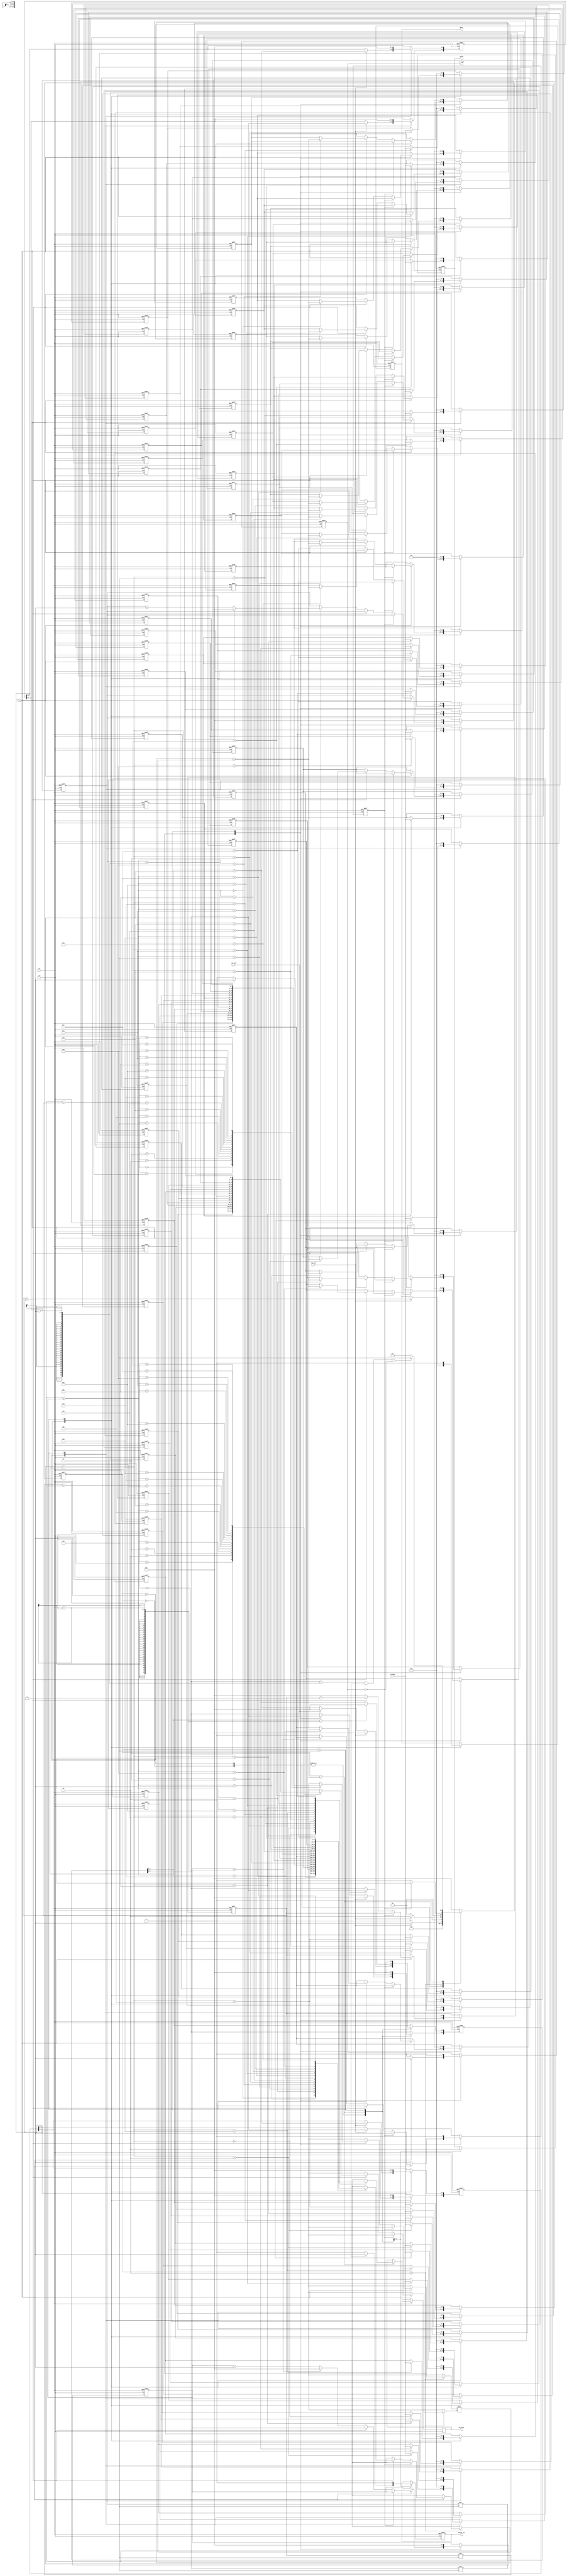
`timescale 1ns/10ps
module MM( in_data, col_end, row_end, is_legal, out_data, rst, clk , change_row,valid,busy);
input           clk;
input           rst;
input           col_end;
input           row_end;
input      [7:0]     in_data;

output reg signed [19:0]   out_data;
output is_legal;
output reg change_row,valid,busy;

//regs
reg [2:0] state, nextState;
reg signed [7:0] mat1 [0:3][0:3]; //4x4
reg signed [7:0] mat2 [0:3][0:3]; //4x4
reg signed [19:0] mat3 [0:3][0:3]; //4x4
reg [5:0] size1; // Coordinate (row, column) = (size1[5:3], size1[2:0])
reg [5:0] size2; // Coordinate (row, column) = (size2[5:3], size2[2:0])
reg [5:0] index; // Coordinate (row, column) = (index[5:3], index[2:0])
reg [2:0] x;
reg [2:0] y;
reg [2:0] z;
reg done;
reg is_legal;

//state param
localparam DATA_IN1 = 0;
localparam DATA_IN2 = 1;
localparam MULTIPLY = 2;
localparam OUT = 3;
localparam WAIT = 4;

integer i, j;

//state ctrl
always @(posedge clk or posedge rst) begin
	if(rst) state <= DATA_IN1;
	else state <= nextState;
end

//next state logic
always @(*) begin
	/*$display("mat1 (%dx%d)", size1[5:3], size1[2:0]);
	for(i = 0; i < size1[5:3]; i = i + 1) begin
		for(j = 0; j < size1[2:0]; j = j + 1) begin
			$write("%x ", mat1[i][j]);
		end
	end
	$display("");
	$display("mat2 (%dx%d)", size2[5:3], size2[2:0]);
	for(i = 0; i < size2[5:3]; i = i + 1) begin
		for(j = 0; j < size2[2:0]; j = j + 1) begin
			$write("%x ", mat2[i][j]);
		end
	end
	$display("");*/
	case (state)
		DATA_IN1: nextState = (row_end)? DATA_IN2 : DATA_IN1;
		DATA_IN2: nextState = (row_end)? MULTIPLY : DATA_IN2;
		MULTIPLY: nextState = (done)? OUT : MULTIPLY;
		OUT: nextState = ((index[5:3] == size1[5:3]-1 && index[2:0] == size2[2:0]-1) || !is_legal)? WAIT : OUT;
		default: nextState = DATA_IN1;
	endcase
end

//main sequential circuit
always @(posedge clk or posedge rst) begin
	if (rst) begin
		for(i = 0; i < 4; i = i + 1) begin
			for(j = 0; j < 4; j = j + 1) begin
				mat1[i][j] <= 8'b0;
				mat2[i][j] <= 8'b0;
				mat3[i][j] <= 20'b0;
			end
		end
		size1 <= {3'd0 , 3'd0};
		size2 <= {3'd0 , 3'd0};
		index <= {3'd0 , 3'd0};
		x <= 3'd0;
		y <= 3'd0;
		z <= 3'd0;
		done <= 1'd0;
		is_legal <= 1'd0;
		change_row <= 1'd0;
		valid <= 1'd0;
		busy <= 1'd0;
	end
	else begin
		case (state)
			DATA_IN1:begin
				mat1[index[5:3]][index[2:0]] <= in_data;
				if(col_end) begin
					index[5:3] <= index[5:3] + 1;
					index[2:0] <= 0;
				end
				else begin
					index[2:0] <= index[2:0] + 1;
				end
				if(row_end) begin
					size1[5:3] <= index[5:3] + 1; //row
					size1[2:0] <= index[2:0] + 1; //col
					index <= 0;
				end
			end

			DATA_IN2:begin
				mat2[index[5:3]][index[2:0]] <= in_data;
				if(col_end) begin
					index[5:3] <= index[5:3] + 1;
					index[2:0] <= 0;
				end
				else begin
					index[2:0] <= index[2:0] + 1;
				end
				if(row_end) begin
					size2[5:3] <= index[5:3] + 1; //row
					size2[2:0] <= index[2:0] + 1; //col
					index <= 0;
					busy <= 1;
				end
			end
			MULTIPLY: begin
				if(size1[2:0] == size2[5:3]) begin
					is_legal <= 1;
					if(!done) begin
						if(z < size2[5:3]) begin
							//$display("(%d, %d)", x, y);
							//$display("%x * %x", mat1[size1[2:0]][z], mat2[size2[2:0]][y]);
							mat3[x][y] <= mat3[x][y] + mat1[x][z] * mat2[z][y];
							z <= z + 1;
						end
						else begin
							z <= 0;
							y <= y+1;
							if(y == size2[2:0]-1) begin
								y <= 0;
								x <= x+1;
								if(x == size1[5:3]-1) begin
									x <= 0;
									done <= 1;
								end
							end
						end
					end
				end
				else begin
					is_legal <= 0;
					done <= 1;
				end
			end

			OUT: begin
				valid <= 1;
				if(index[2:0] == size2[2:0] - 1) begin
					index[5:3] <= index[5:3]+1;
					index[2:0] <= 0;
					change_row <= 1'd1;
				end
				else begin
					index[2:0] <= index[2:0] + 1;
					change_row <= 1'd0;
				end
				out_data <= mat3[index[5:3]][index[2:0]];
			end

			WAIT: begin
				for(i = 0; i < 4; i = i + 1) begin
					for(j = 0; j < 4; j = j + 1) begin
						mat1[i][j] <= 8'b0;
						mat2[i][j] <= 8'b0;
						mat3[i][j] <= 20'b0;
					end
				end
				size1 <= {3'd0 , 3'd0};
				size2 <= {3'd0 , 3'd0};
				index <= {3'd0 , 3'd0};
				x <= 3'd0;
				y <= 3'd0;
				z <= 3'd0;
				done <= 1'd0;
				is_legal <= 1'd0;
				change_row <= 1'd0;
				valid <= 1'd0;
				busy <= 1'd0;
			end
		endcase
	end
end

endmodule